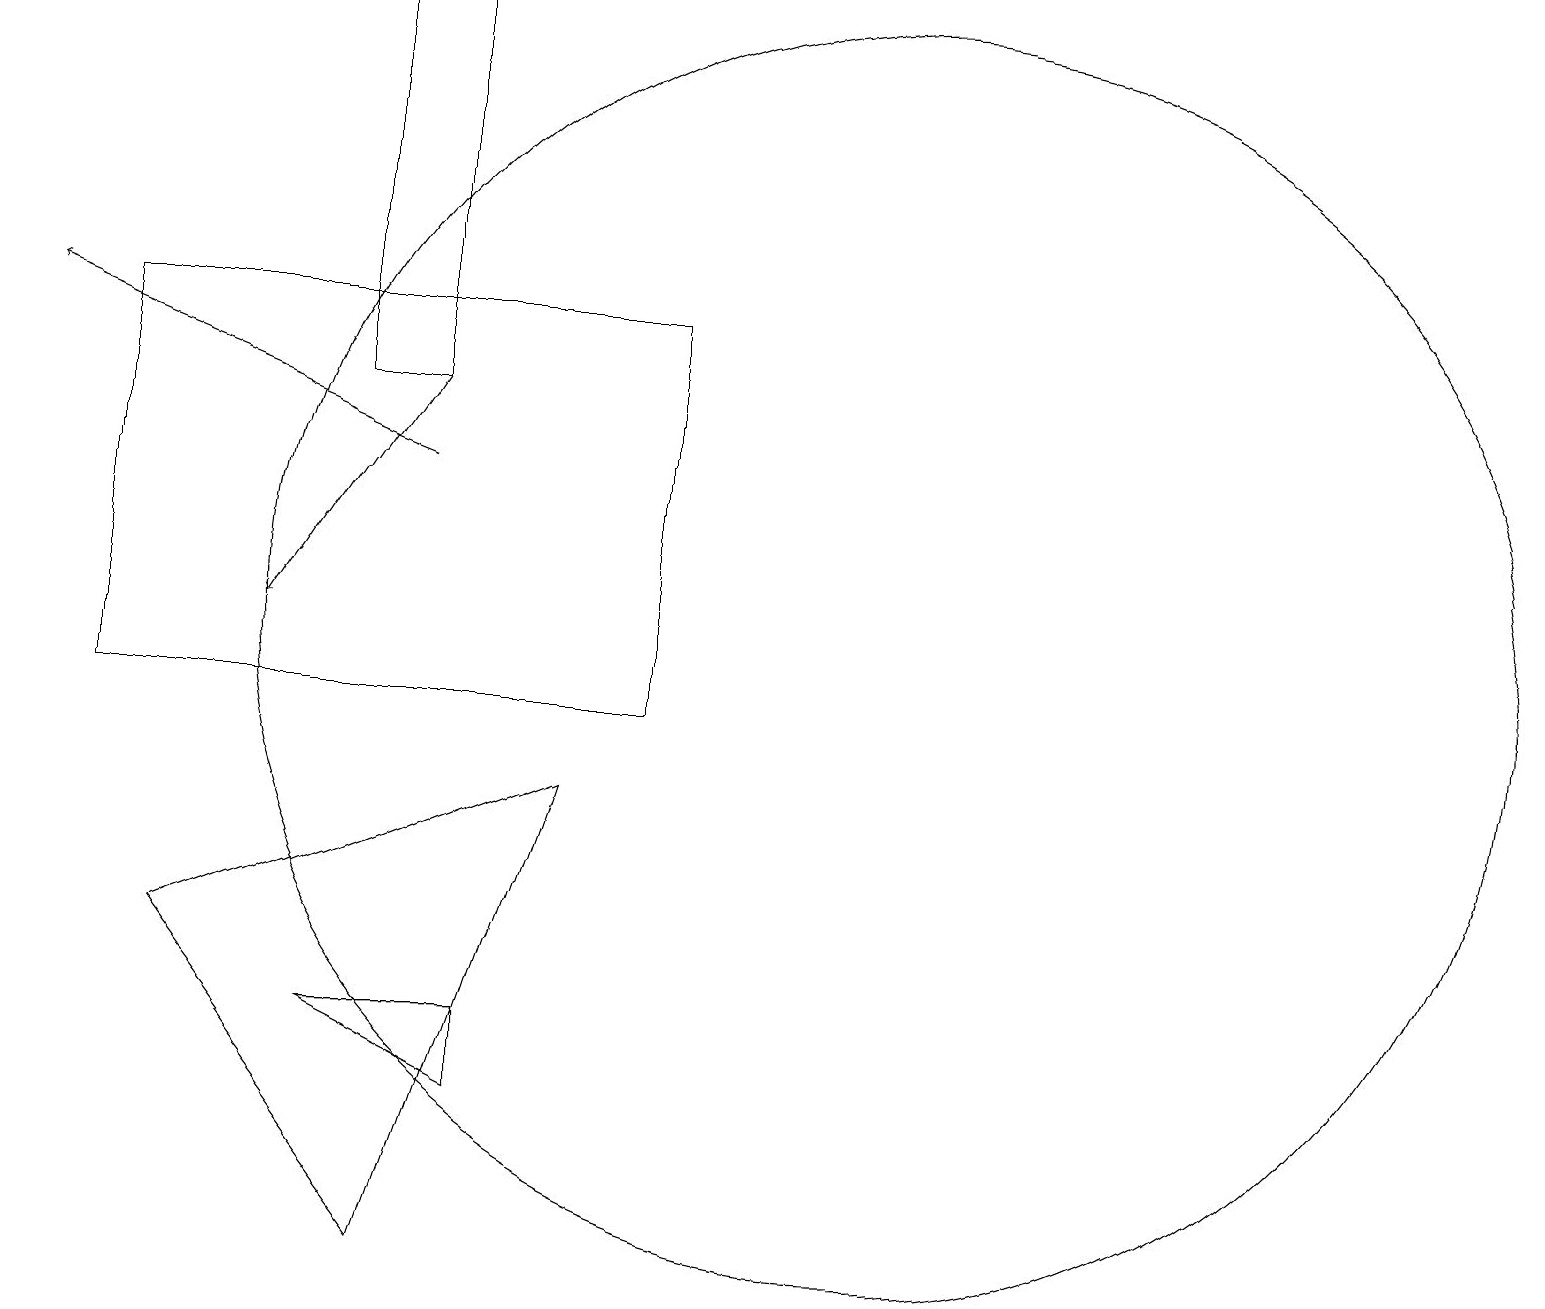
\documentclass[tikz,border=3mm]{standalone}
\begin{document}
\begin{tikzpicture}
\draw (1,10) rectangle (8,15);
\draw (11,11) circle (8);
\draw[->] (5,14) -- (3,11);
\draw[->] (5,13) -- (0,15);
\draw (5,14) rectangle (4,19);
\draw (4,6) -- (6,5) -- (6,6) -- cycle;
\draw (5,3) -- (7,9) -- (2,7) -- cycle;
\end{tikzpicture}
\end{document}